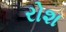
રોશ